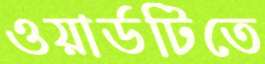
ওয়ার্ডটিতে